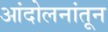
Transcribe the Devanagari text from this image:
आंदोलनांतून